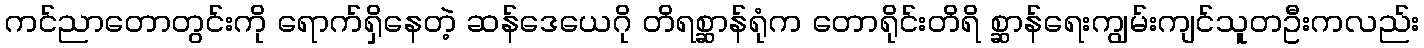
ကင်ညာတောတွင်းကို ရောက်ရှိနေတဲ့ ဆန်ဒေယေဂို တိရစ္ဆာန်ရုံက တောရိုင်းတိရိ စ္ဆာန်ရေးကျွမ်းကျင်သူတဦးကလည်း